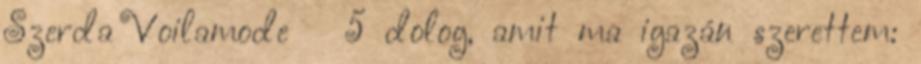
Szerda Voilamode ← 5 dolog, amit ma igazán szerettem: